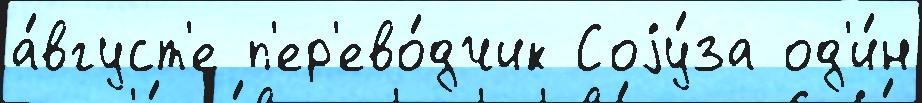
а́вгуст'е п'ер'ево́дчик Соjу́за од'и́н